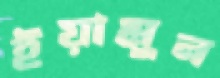
ইয়ামুন